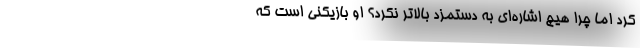
کرد اما چرا هیچ اشاره‌ای به دستمزد بالاتر نکرد؟ او بازیکنی است که